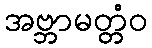
အဗ္ဘာမတ္တံဝ